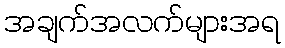
အချက်အလက်များအရ